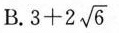
B. $$3 + 2 \sqrt { 6 }$$